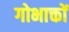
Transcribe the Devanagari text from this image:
गोभाक्तों